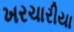
ખરચારીયા